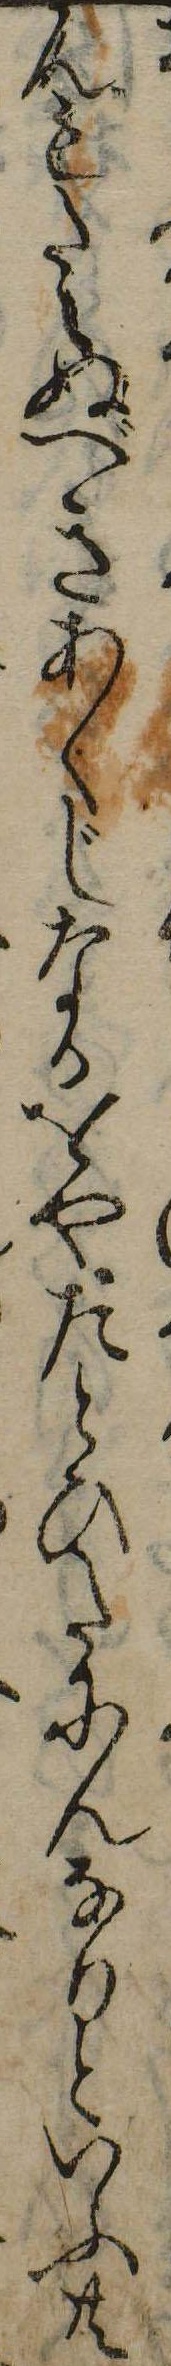
んもたえぬべきあくじなるをやたとひたにんなりといふ共